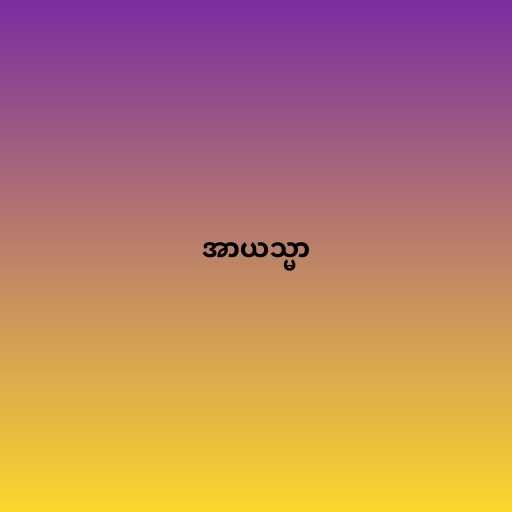
အာယသ္မာ